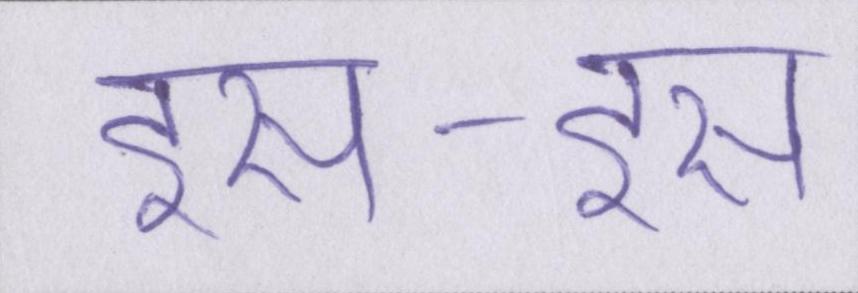
इस-इस